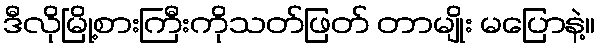
ဒီလိုမြို့စားကြီးကိုသတ်ဖြတ် တာမျိုး မပြောနဲ့။